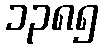
၁၃၈၅